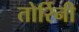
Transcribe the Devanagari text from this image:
तोर्रिनी